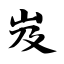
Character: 岌